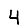
Digit: 4